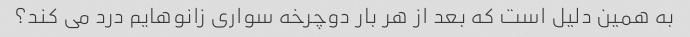
به همین دلیل است که بعد از هر بار دوچرخه سواری زانوهایم درد می کند؟